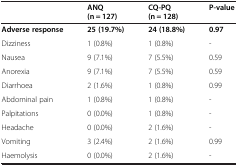
<table><thead><tr><td><b> </b></td><td><b>ANQ (n = 127)</b></td><td><b>CQ-PQ (n = 128)</b></td><td><b>P-value</b></td></tr></thead><tbody><tr><td><b>Adverse response</b></td><td><b>25 (19.7%)</b></td><td><b>24 (18.8%)</b></td><td><b>0.97</b></td></tr><tr><td>Dizziness</td><td>1 (0.8%)</td><td>1 (0.8%)</td><td>-</td></tr><tr><td>Nausea</td><td>9 (7.1%)</td><td>7 (5.5%)</td><td>0.59</td></tr><tr><td>Anorexia</td><td>9 (7.1%)</td><td>7 (5.5%)</td><td>0.59</td></tr><tr><td>Diarrhoea</td><td>2 (1.6%)</td><td>1 (0.8%)</td><td>0.99</td></tr><tr><td>Abdominal pain</td><td>1 (0.8%)</td><td>1 (0.8%)</td><td>-</td></tr><tr><td>Palpitations</td><td>0 (0.0%)</td><td>1 (0.8%)</td><td>-</td></tr><tr><td>Headache</td><td>0 (0.0%)</td><td>2 (1.6%)</td><td>-</td></tr><tr><td>Vomiting</td><td>3 (2.4%)</td><td>2 (1.6%)</td><td>0.99</td></tr><tr><td>Haemolysis</td><td>0 (0.0%)</td><td>2 (1.6%)</td><td>-</td></tr></tbody></table>